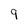
Character: 9